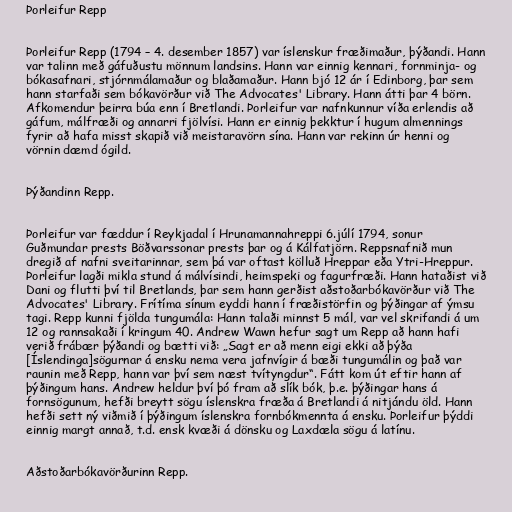
Þorleifur Repp

Þorleifur Repp (1794 – 4. desember 1857) var íslenskur fræðimaður, þýðandi. Hann
var talinn með gáfuðustu mönnum landsins. Hann var einnig kennari, fornminja- og
bókasafnari, stjórnmálamaður og blaðamaður. Hann bjó 12 ár í Edinborg, þar sem
hann starfaði sem bókavörður við The Advocates' Library. Hann átti þar 4 börn.
Afkomendur þeirra búa enn í Bretlandi. Þorleifur var nafnkunnur víða erlendis að
gáfum, málfræði og annarri fjölvísi. Hann er einnig þekktur í hugum almennings
fyrir að hafa misst skapið við meistaravörn sína. Hann var rekinn úr henni og
vörnin dæmd ógild.

Þýðandinn Repp.

Þorleifur var fæddur í Reykjadal í Hrunamannahreppi 6.júlí 1794, sonur
Guðmundar prests Böðvarssonar prests þar og á Kálfatjörn. Reppsnafnið mun
dregið af nafni sveitarinnar, sem þá var oftast kölluð Hreppar eða Ytri-Hreppur.
Þorleifur lagði mikla stund á málvísindi, heimspeki og fagurfræði. Hann hataðist við
Dani og flutti því til Bretlands, þar sem hann gerðist aðstoðarbókavörður við The
Advocates' Library. Frítíma sínum eyddi hann í fræðistörfin og þýðingar af ýmsu
tagi. Repp kunni fjölda tungumála: Hann talaði minnst 5 mál, var vel skrifandi á um
12 og rannsakaði í kringum 40. Andrew Wawn hefur sagt um Repp að hann hafi
verið frábær þýðandi og bætti við: „Sagt er að menn eigi ekki að þýða
[Íslendinga]sögurnar á ensku nema vera jafnvígir á bæði tungumálin og það var
raunin með Repp, hann var því sem næst tvítyngdur“. Fátt kom út eftir hann af
þýðingum hans. Andrew heldur því þó fram að slík bók, þ.e. þýðingar hans á
fornsögunum, hefði breytt sögu íslenskra fræða á Bretlandi á nitjándu öld. Hann
hefði sett ný viðmið í þýðingum íslenskra fornbókmennta á ensku. Þorleifur þýddi
einnig margt annað, t.d. ensk kvæði á dönsku og Laxdæla sögu á latínu.

Aðstoðarbókavörðurinn Repp.